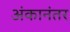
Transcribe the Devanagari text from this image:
अंकानंतर